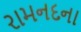
રામનદના